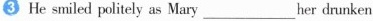
He smiled politely as Mary_______her drunken